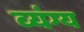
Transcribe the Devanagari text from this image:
व्‍यंग्य